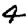
Digit: 4